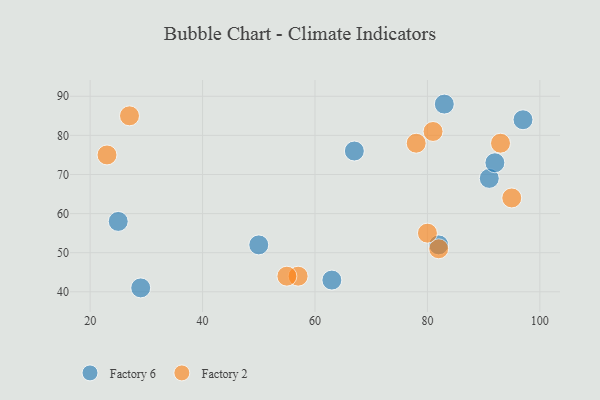
{"axis": {"x": "GDP", "y": "Life Expectancy"}, "legend": ["Factory 2", "Factory 6"], "data": [{"x": "50", "y": 52, "type": "Factory 6"}, {"x": "67", "y": 76, "type": "Factory 6"}, {"x": "82", "y": 52, "type": "Factory 6"}, {"x": "29", "y": 41, "type": "Factory 6"}, {"x": "91", "y": 69, "type": "Factory 6"}, {"x": "83", "y": 88, "type": "Factory 6"}, {"x": "92", "y": 73, "type": "Factory 6"}, {"x": "25", "y": 58, "type": "Factory 6"}, {"x": "63", "y": 43, "type": "Factory 6"}, {"x": "97", "y": 84, "type": "Factory 6"}, {"x": "57", "y": 44, "type": "Factory 2"}, {"x": "82", "y": 51, "type": "Factory 2"}, {"x": "55", "y": 44, "type": "Factory 2"}, {"x": "27", "y": 85, "type": "Factory 2"}, {"x": "78", "y": 78, "type": "Factory 2"}, {"x": "81", "y": 81, "type": "Factory 2"}, {"x": "93", "y": 78, "type": "Factory 2"}, {"x": "23", "y": 75, "type": "Factory 2"}, {"x": "95", "y": 64, "type": "Factory 2"}, {"x": "80", "y": 55, "type": "Factory 2"}]}